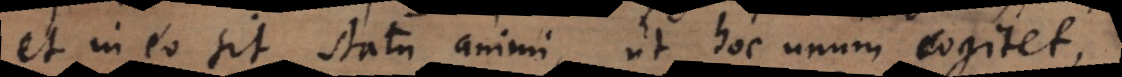
et in eo sit statu animi, ut hoc unum cogitet,